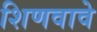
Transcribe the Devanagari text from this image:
शिणवावे